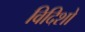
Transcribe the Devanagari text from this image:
विदिशो